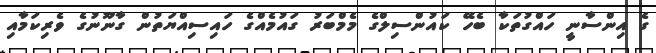
ގެ އިންސާނީ ހައްގުތަކާ ބެހޭ ކައުންސިލްގެ މެމްބަރު ގައުމެއްގެ ހައިސިއްޔަތުން ގާނޫނުގެ ވެރިކަމާއި